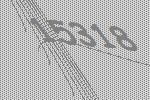
15318